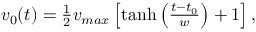
\begin{array} { r } { v _ { 0 } ( t ) = \frac { 1 } { 2 } v _ { m a x } \left[ \operatorname { t a n h } \left( \frac { t - t _ { 0 } } { w } \right) + 1 \right] , } \end{array}